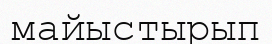
майыстырып